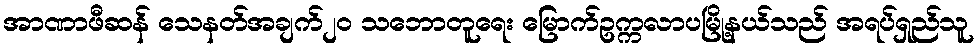
အာဏာဖီဆန် သေနတ်အချက်၂၀ သဘောတူရေး မြောက်ဥက္ကလာပမြို့နယ်သည် အရပ်ရှည်သူ